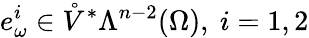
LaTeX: e_{\omega}^{i}\in\mathring{V}^{\ast}\Lambda^{n-2}(\Omega),\ i=1,2